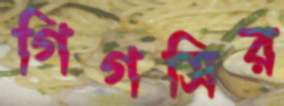
গিগসির